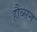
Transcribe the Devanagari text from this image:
हौब्सन